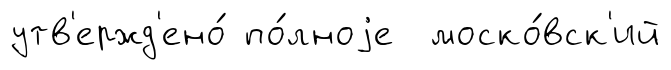
утв'ержд'ено́ по́лноjе моско́вск'ий